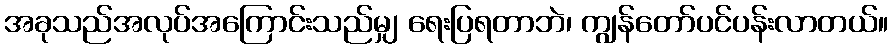
အခုသည်အလုပ်အကြောင်းသည်မျှ ရေးပြရတာဘဲ၊ ကျွန်တော်ပင်ပန်းလာတယ်။